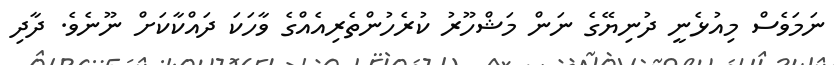
ނަމަވެސް މިއުޅެނީ ދުނިޔޭގެ ނަން މަޝްހޫރު ކުރެހުންތެރިއެއްގެ ވާހަކަ ދައްކާކަށް ނޫނެވެ. ދާދި